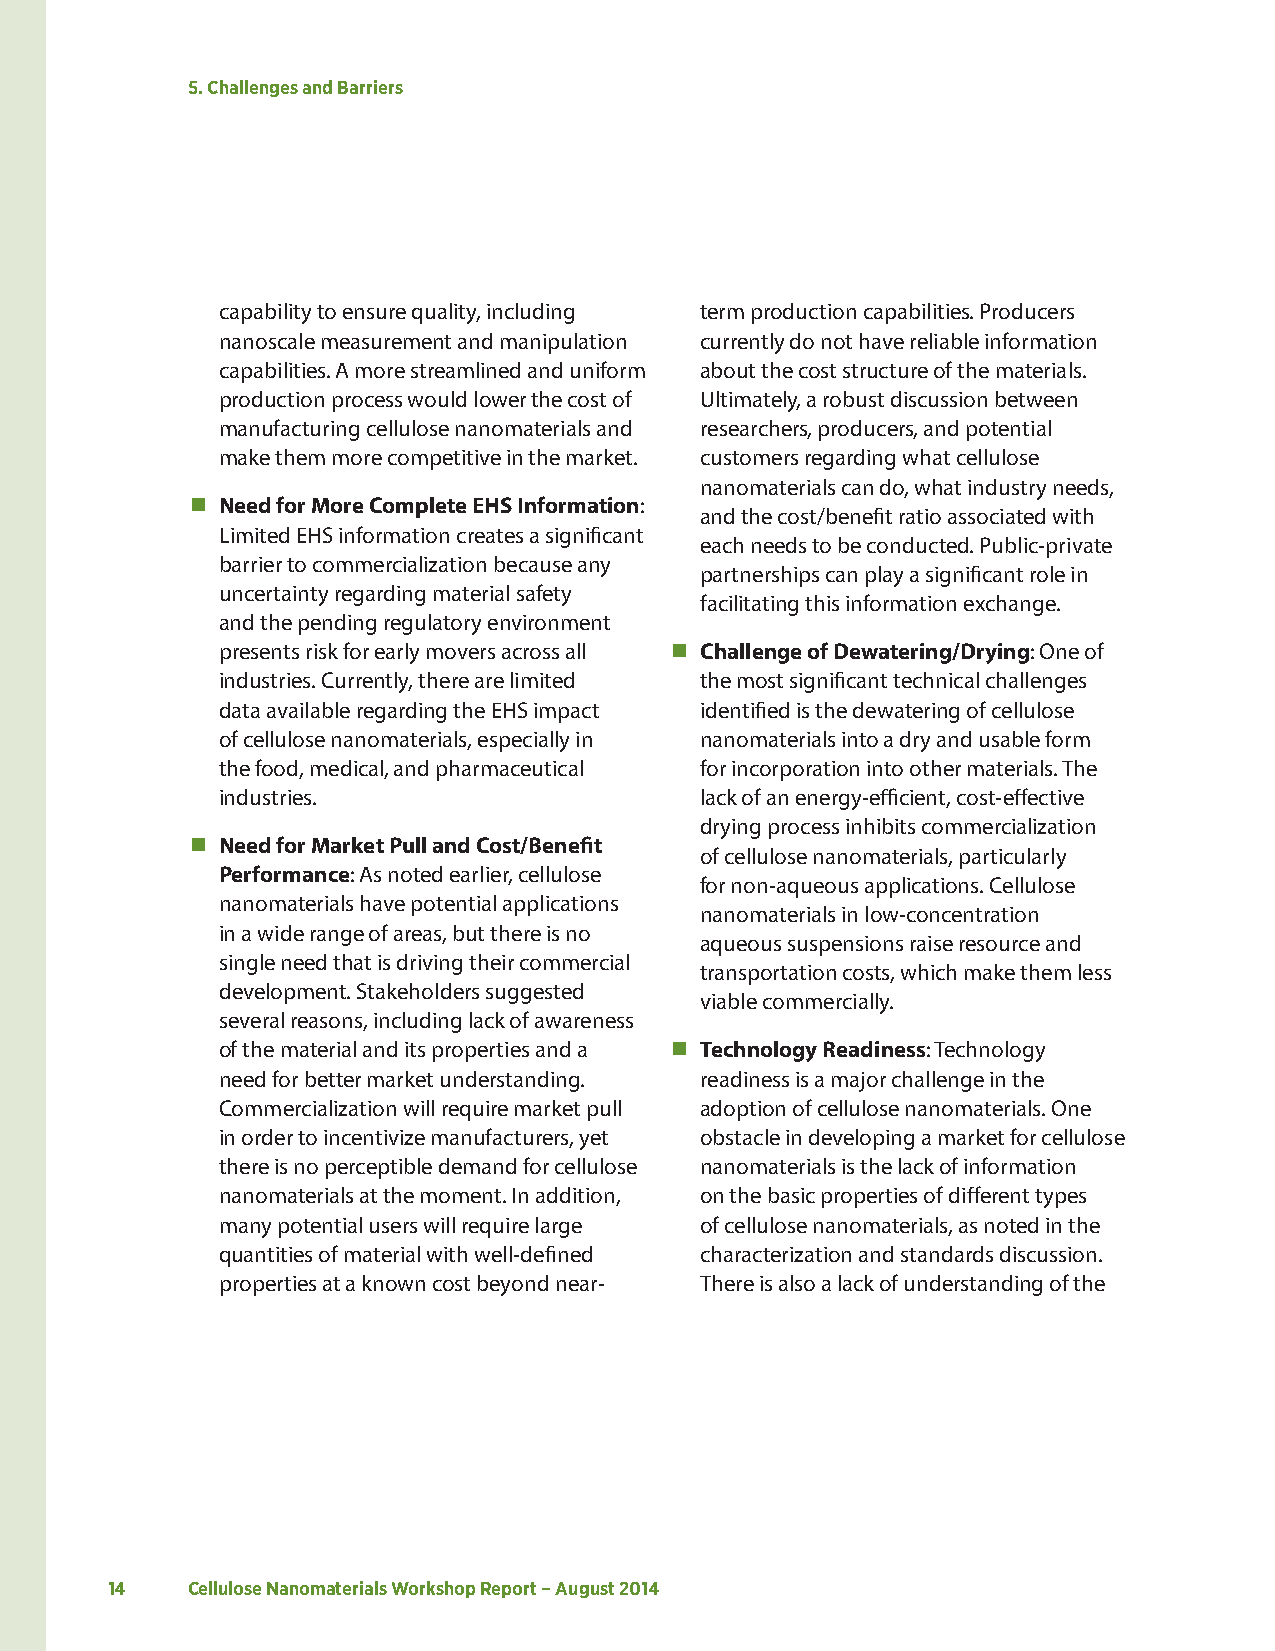
5. Challenges and Barriers
 capability to ensure quality, including term production capabilities. Producers
 nanoscale measurement and manipulation currently do not have reliable information
 capabilities. A more streamlined and uniform about the cost structure of the materials.
 production process would lower the cost of Ultimately, a robust discussion between
 manufacturing cellulose nanomaterials and researchers, producers, and potential
 make them more competitive in the market. customers regarding what cellulose
 nanomaterials can do, what industry needs,
  Need for More Complete EHS Information:
 and the cost/benefit ratio associated with
 Limited EHS information creates a significant
 each needs to be conducted. Public-private
 barrier to commercialization because any
 partnerships can play a significant role in
 uncertainty regarding material safety
 facilitating this information exchange.
 and the pending regulatory environment
 presents risk for early movers across all  Challenge of Dewatering/Drying: One of
 industries. Currently, there are limited the most significant technical challenges
 data available regarding the EHS impact identified is the dewatering of cellulose
 of cellulose nanomaterials, especially in nanomaterials into a dry and usable form
 the food, medical, and pharmaceutical for incorporation into other materials. The
 industries.                     lack of an energy-efficient, cost-effective
 drying process inhibits commercialization
  Need for Market Pull and Cost/Benefit
 of cellulose nanomaterials, particularly
 Performance: As noted earlier, cellulose
 for non-aqueous applications. Cellulose
 nanomaterials have potential applications
 nanomaterials in low-concentration
 in a wide range of areas, but there is no
 aqueous suspensions raise resource and
 single need that is driving their commercial
 transportation costs, which make them less
 development. Stakeholders suggested
 viable commercially.
 several reasons, including lack of awareness
 of the material and its properties and a  Technology Readiness: Technology
 need for better market understanding. readiness is a major challenge in the
 Commercialization will require market pull adoption of cellulose nanomaterials. One
 in order to incentivize manufacturers, yet obstacle in developing a market for cellulose
 there is no perceptible demand for cellulose nanomaterials is the lack of information
 nanomaterials at the moment. In addition, on the basic properties of different types
 many potential users will require large of cellulose nanomaterials, as noted in the
 quantities of material with well-defined characterization and standards discussion.
 properties at a known cost beyond near- There is also a lack of understanding of the
 14   Cellulose Nanomaterials Workshop Report – August 2014